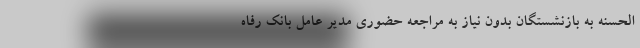
الحسنه به بازنشستگان بدون نیاز به مراجعه حضوری مدیر عامل بانک رفاه